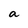
Character: a